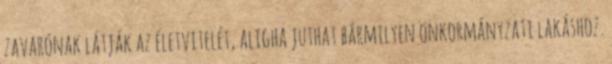
zavarónak látják az életvitelét, aligha juthat bármilyen önkormányzati lakáshoz.